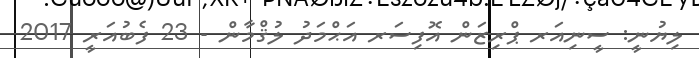
ލިޔުނީ: ސީނިއަރ ޕްރިޒަން އޮފިސަރ އަޙްމަދު ލުޤްމާން - 23 ފެބުއަރީ 2017